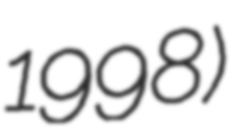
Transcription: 1998)